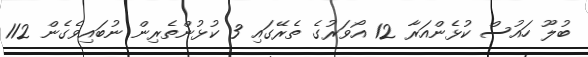
ބުލޫ ހައުސް ކުޅެންއަރާ 12 އޯވަރުގެ ތެރޭގައި 3 ކުޅުންތެރިން ނުބައިވެގެން 112